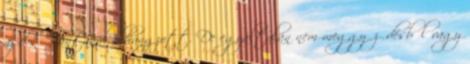
az első sántánál elhangzott. De egyáltalán nem meggyőződésből vagy